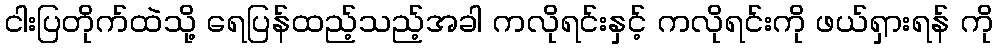
ငါးပြတိုက်ထဲသို့ ရေပြန်ထည့်သည့်အခါ ကလိုရင်းနှင့် ကလိုရင်းကို ဖယ်ရှားရန် ကို